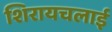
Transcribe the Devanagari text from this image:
शिरायचलाई